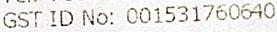
GST ID NO: 001531760640